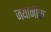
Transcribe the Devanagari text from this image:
जयानीक